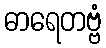
ဓာရေတဗ္ဗံ